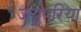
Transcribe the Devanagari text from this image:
जयुपरिया